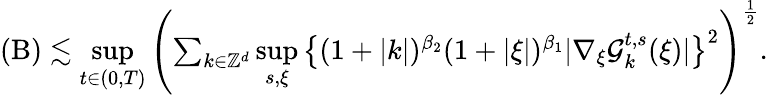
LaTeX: \begin{array}{r}{(\mathrm{B})\lesssim\underset{t\in(0,T)}{\operatorname*{sup}}\left(\sum_{k\in\mathbb Z^{d}}\underset{s,\xi}{\operatorname*{sup}}\big\lbrace(1+\vert k\vert)^{\beta_{2}}(1+\vert\xi\vert)^{\beta_{1}}\vert\nabla_{\xi}\mathcal{G}_{k}^{t,s}(\xi)\vert\big\rbrace^{2}\right)^{\frac{1}{2}}.}\end{array}